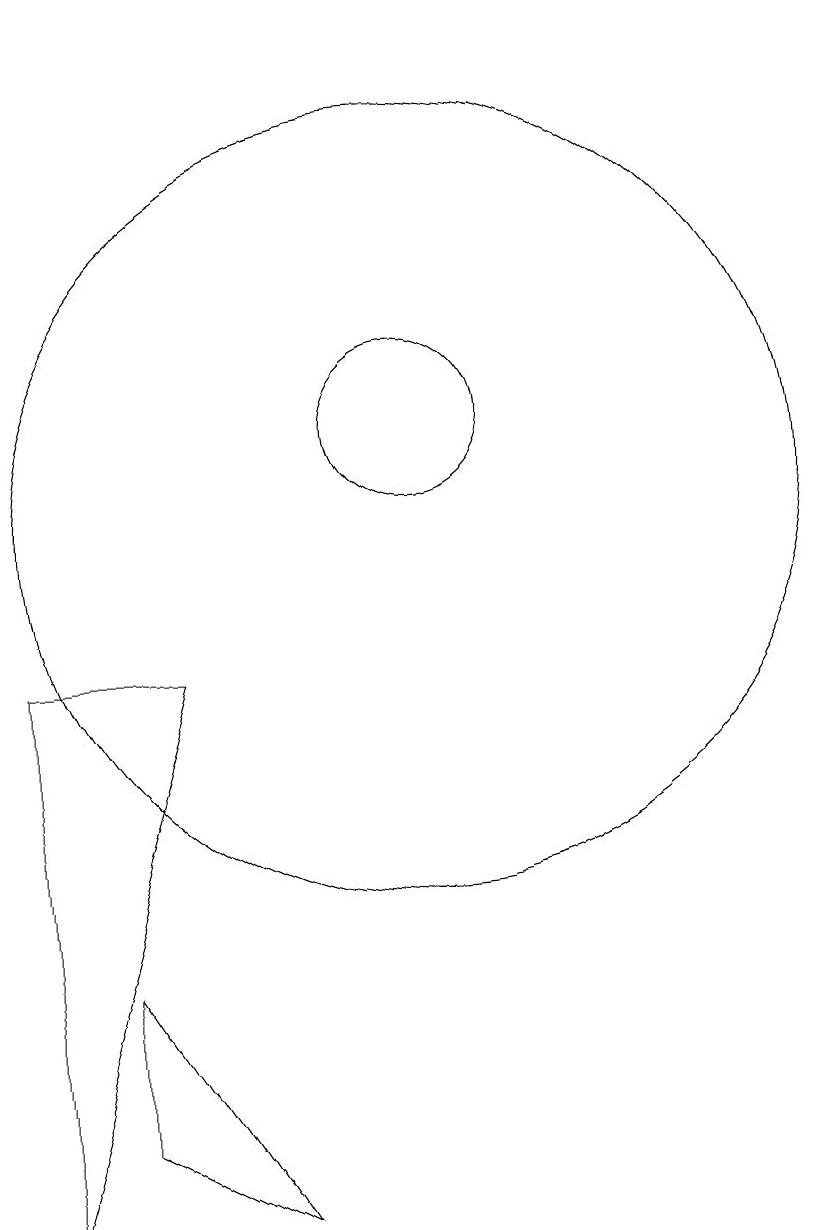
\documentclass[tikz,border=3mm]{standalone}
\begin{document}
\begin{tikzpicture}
\draw (11,10) circle (5);
\draw (9,1) -- (7,2) -- (7,4) -- cycle;
\draw (11,11) circle (1);
\draw (6,16) rectangle (6,13);
\draw (6,8) -- (6,1) -- (8,8) -- cycle;
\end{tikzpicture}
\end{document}